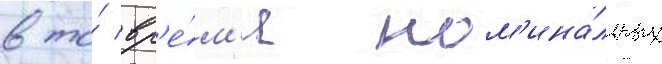
в то́ вр'е́м'я ном'ина́льных